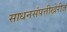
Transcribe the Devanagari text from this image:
साधनसंपत्तीखेरीज